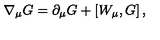
\nabla _ { \mu } G = \partial _ { \mu } G + \left[ W _ { \mu } , G \right] ,